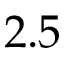
2 . 5